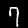
Label: 7